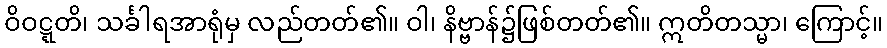
ဝိဝဋ္ဋတိ၊ သင်္ခါရအာရုံမှ လည်တတ်၏။ ဝါ၊ နိဗ္ဗာန်၌ဖြစ်တတ်၏။ ဣတိတသ္မာ၊ ကြောင့်။